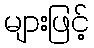
များဖြင့်